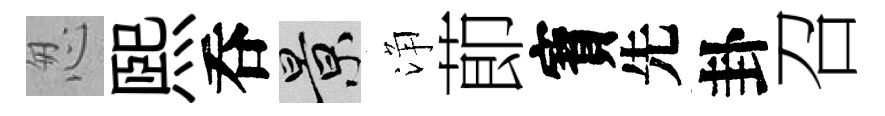
怱熙呑景浄莭寳先卦召